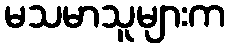
မသမာသူများက